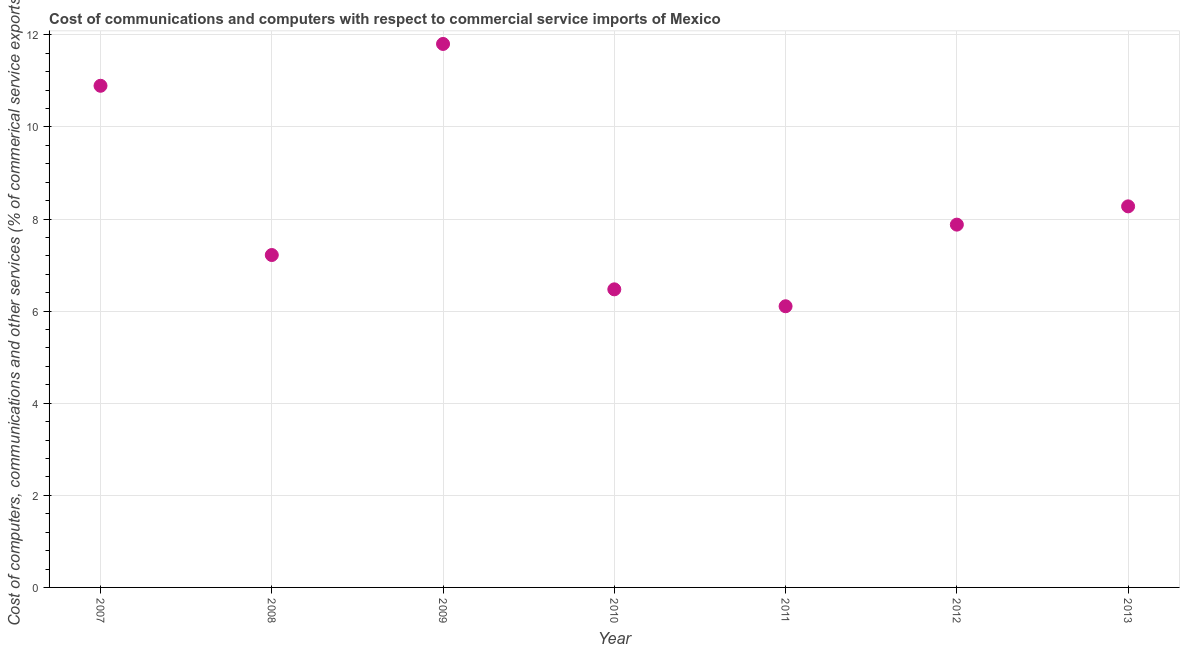
| Year | Computer |
 | --- | --- |
 | 2007 | 10.9 |
 | 2008 | 7.22 |
 | 2009 | 11.8 |
 | 2010 | 6.47 |
 | 2011 | 6.11 |
 | 2012 | 7.88 |
 | 2013 | 8.27 |